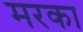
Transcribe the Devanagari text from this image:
मरका